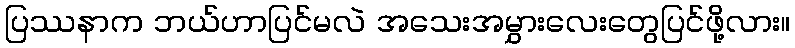
ပြဿနာက ဘယ်ဟာပြင်မလဲ အသေးအမွှားလေးတွေပြင်ဖို့လား။